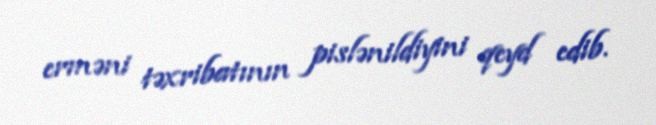
erməni təxribatının pislənildiyini qeyd edib.